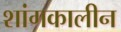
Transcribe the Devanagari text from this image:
शांगकालीन